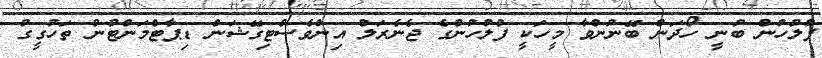
ފުލުހުން ބުނީ ހޯދަން ބޭނުންވާ މީހަކީ ފުލުހުންގެ ޖެނެރަލް އިންވެސްޓިގޭޝަން ޑިޕާޓްމަންޓުން ތަހުގީގު